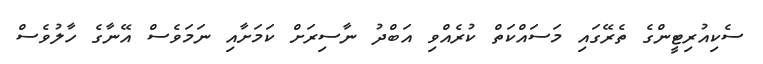
ސެކިއުރިޓީންގެ ތެރޭގައި މަސައްކަތް ކުރެއްވި އަބްދު ނާސިރަށް ކަމަށާއި ނަަމަވެސް އޭނާގެ ހާލުވެސް